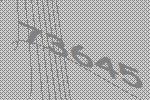
73645